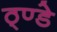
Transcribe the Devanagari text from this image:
ठ्ण्डे